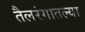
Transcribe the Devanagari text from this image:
तैलरंगातल्या